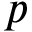
p